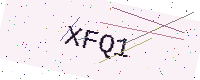
Text: XFQ1